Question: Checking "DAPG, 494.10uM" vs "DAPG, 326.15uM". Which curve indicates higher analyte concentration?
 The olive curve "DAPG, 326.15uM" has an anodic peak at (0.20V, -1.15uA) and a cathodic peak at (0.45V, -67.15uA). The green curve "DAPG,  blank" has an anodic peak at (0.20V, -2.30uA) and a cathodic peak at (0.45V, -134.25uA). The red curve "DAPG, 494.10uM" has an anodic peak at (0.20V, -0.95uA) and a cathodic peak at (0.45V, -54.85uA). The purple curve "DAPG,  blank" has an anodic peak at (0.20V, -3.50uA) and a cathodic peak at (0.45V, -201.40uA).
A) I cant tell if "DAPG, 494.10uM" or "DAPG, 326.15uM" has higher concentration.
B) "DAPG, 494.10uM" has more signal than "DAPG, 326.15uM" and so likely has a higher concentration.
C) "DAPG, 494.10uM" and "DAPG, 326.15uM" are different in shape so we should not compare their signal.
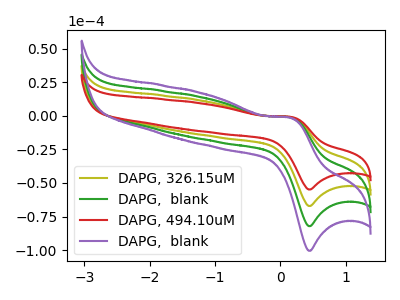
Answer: <think>All the peaks in "DAPG, 494.10uM" have a peak in "DAPG, 326.15uM" at the same potential.
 </think>
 <answer>A) I cant tell if "DAPG, 494.10uM" or "DAPG, 326.15uM" has higher concentration.</answer>
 <eval>A</eval>